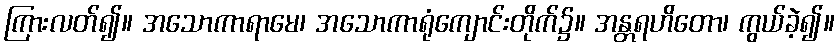
ကြားလတ်၍။ အသောကာရာမေ၊ အသောကာရုံကျောင်းတိုက်၌။ အန္တရဟိတော၊ ကွယ်ခဲ့၍။